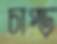
চাপ্‌ড়